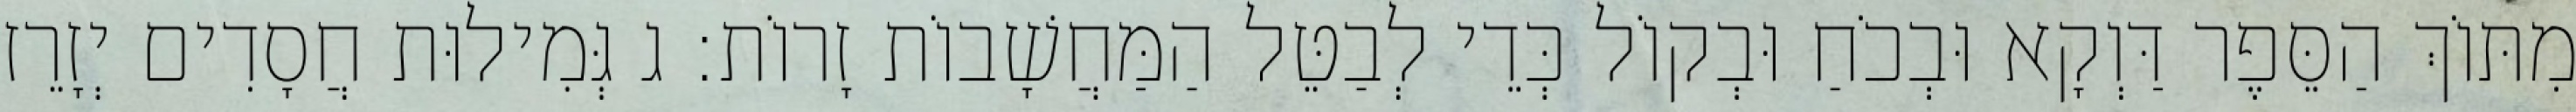
מִתּוֹךְ הַסֵּפֶר דַּוְקָא וּבְכֹחַ וּבְקוֹל כְּדֵי לְבַטֵּל הַמַּחֲשָׁבוֹת זָרוֹת: ג גְּמִילוּת חֲסָדִים יְזָרֵז